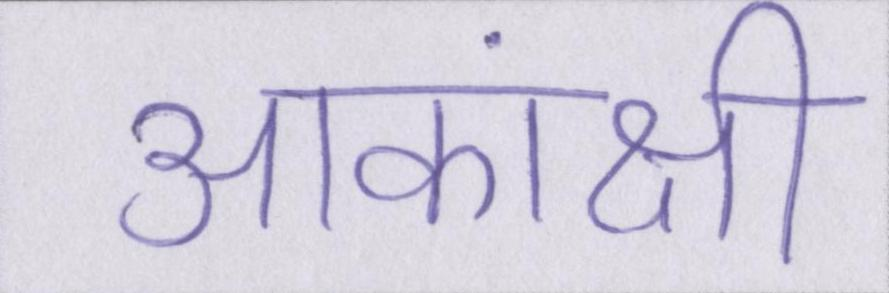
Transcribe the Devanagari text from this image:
आकांक्षी